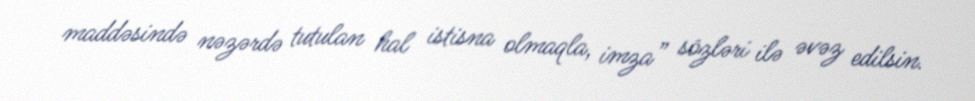
maddəsində nəzərdə tutulan hal istisna olmaqla, imza” sözləri ilə əvəz edilsin.